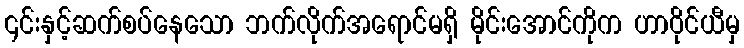
၎င်းနှင့်ဆက်စပ်နေသော ဘက်လိုက်အရောင်မရှိ မိုင်းအောင်ကိုက ဟာဝိုင်ယီမှ